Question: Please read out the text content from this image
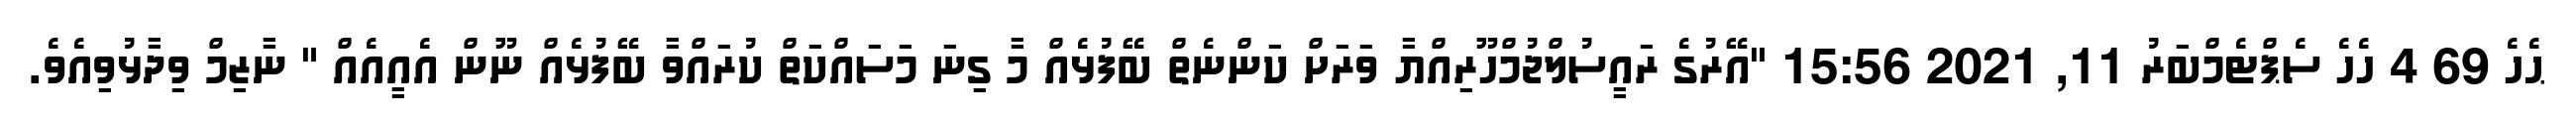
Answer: ޙެހެ 69 4 ހެހެ ސެޕްޓެމްބަރު 11, 2021 15:56 "އޭރުގެ ރައީސުލްޖުމްހޫރިއްޔާ ވަރަށް ކަންނެތް ބޭފުޅެއް މާ ގިނަ މަސައްކަތް ކުރައްވާ ބޭފުޅެއް ނޫން އެއީއެއް " ނާޒިމް ވިދާޅުވިއެވެ.